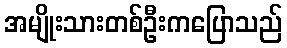
အမျိုးသားတစ်ဦးကပြောသည်